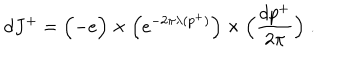
d J ^ { + } = \Bigl ( - e \Bigr ) \times \Bigl ( e ^ { - 2 \pi \lambda ( p ^ { + } ) } \Bigr ) \times \Bigl ( { \frac { d p ^ { + } } { 2 \pi } } \Bigr ) \; .